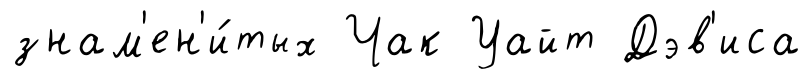
знам'ен'и́тых Чак Уайт Дэв'иса